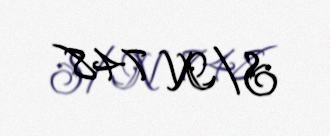
S/N 748